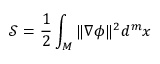
{ \mathcal { S } } = { \frac { 1 } { 2 } } \int _ { M } \Vert \nabla \phi \Vert ^ { 2 } d ^ { m } x